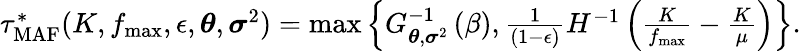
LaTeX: \begin{array}{r}{\tau_{\mathrm{MAF}}^{*}(K,f_{\operatorname*{max}},\epsilon,\boldsymbol{\theta},\boldsymbol{\sigma}^{2})=\operatorname*{max}\left\{ G_{\boldsymbol{\theta},\boldsymbol{\sigma}^{2}}^{-1}\left(\beta\right),\frac{1}{(1-\epsilon)}H^{-1}\left(\frac{K}{f_{\operatorname*{max}}}-\frac{K}{\mu}\right)\right\} .}\end{array}